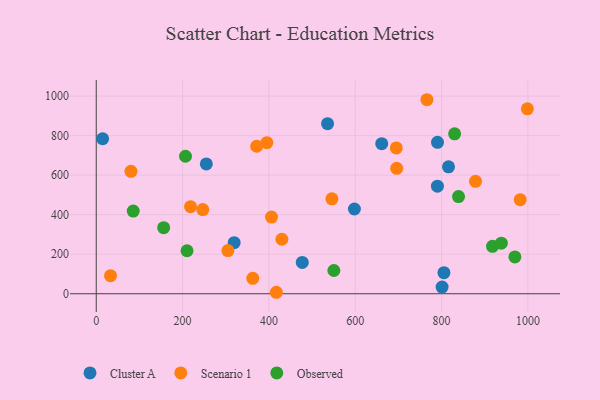
{"axis": {"x": "Study Hours", "y": "Demand"}, "legend": ["Cluster A", "Observed", "Scenario 1"], "data": [{"x": "598.1", "y": 428.8, "type": "Cluster A"}, {"x": "805.5", "y": 106.8, "type": "Cluster A"}, {"x": "477.3", "y": 158.3, "type": "Cluster A"}, {"x": "319.5", "y": 258.6, "type": "Cluster A"}, {"x": "255.0", "y": 656.9, "type": "Cluster A"}, {"x": "661.4", "y": 759.4, "type": "Cluster A"}, {"x": "790.4", "y": 544.2, "type": "Cluster A"}, {"x": "535.9", "y": 860.2, "type": "Cluster A"}, {"x": "816.1", "y": 641.9, "type": "Cluster A"}, {"x": "14.8", "y": 784.1, "type": "Cluster A"}, {"x": "790.6", "y": 766.0, "type": "Cluster A"}, {"x": "801.2", "y": 33.8, "type": "Cluster A"}, {"x": "696.1", "y": 634.6, "type": "Scenario 1"}, {"x": "80.4", "y": 619.2, "type": "Scenario 1"}, {"x": "362.7", "y": 78.0, "type": "Scenario 1"}, {"x": "430.1", "y": 275.6, "type": "Scenario 1"}, {"x": "546.0", "y": 480.4, "type": "Scenario 1"}, {"x": "878.6", "y": 568.5, "type": "Scenario 1"}, {"x": "218.5", "y": 440.7, "type": "Scenario 1"}, {"x": "998.8", "y": 935.8, "type": "Scenario 1"}, {"x": "33.1", "y": 91.6, "type": "Scenario 1"}, {"x": "371.7", "y": 746.1, "type": "Scenario 1"}, {"x": "695.2", "y": 737.7, "type": "Scenario 1"}, {"x": "406.1", "y": 387.8, "type": "Scenario 1"}, {"x": "246.8", "y": 425.9, "type": "Scenario 1"}, {"x": "982.2", "y": 475.8, "type": "Scenario 1"}, {"x": "395.2", "y": 764.2, "type": "Scenario 1"}, {"x": "305.0", "y": 218.6, "type": "Scenario 1"}, {"x": "766.1", "y": 981.6, "type": "Scenario 1"}, {"x": "417.2", "y": 7.4, "type": "Scenario 1"}, {"x": "839.3", "y": 491.8, "type": "Observed"}, {"x": "918.0", "y": 239.9, "type": "Observed"}, {"x": "550.5", "y": 117.6, "type": "Observed"}, {"x": "969.9", "y": 186.3, "type": "Observed"}, {"x": "206.8", "y": 695.5, "type": "Observed"}, {"x": "210.3", "y": 217.4, "type": "Observed"}, {"x": "830.3", "y": 809.3, "type": "Observed"}, {"x": "156.2", "y": 334.2, "type": "Observed"}, {"x": "85.7", "y": 418.1, "type": "Observed"}, {"x": "938.5", "y": 255.9, "type": "Observed"}]}